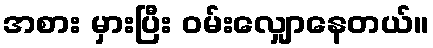
အစား မှားပြီး ဝမ်းလျှောနေတယ်။